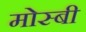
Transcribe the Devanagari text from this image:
मोस्बी